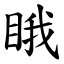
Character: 睋